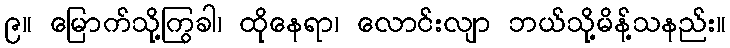
၉။ မြောက်သို့ကြွခါ၊ ထိုနေရာ၊ လောင်းလျာ ဘယ်သို့မိန့်သနည်း။